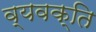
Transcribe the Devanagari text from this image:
व्यवक्ति